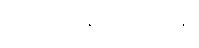
တွေဝေနေလို့ မရဘူး။